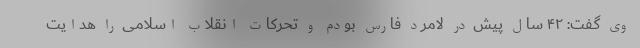
وی گفت: ۴۲ سال پیش در لامرد فارس بودم و تحرکات انقلاب اسلامی را هدایت